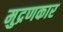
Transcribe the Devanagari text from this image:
मुद्रणकार